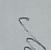
Signature authenticity: genuine